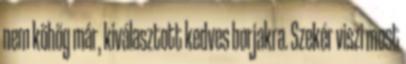
nem köhög már, kiválasztott kedves borjakra. Szekér viszi most